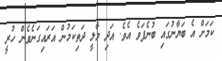
ކަމަށް އެ ބަޔާނުގައި ބުނެފަވެ އެވެ. އަދި މާލީ ދަތިކަމުން އަރައިގަނެވެން ހުރީ